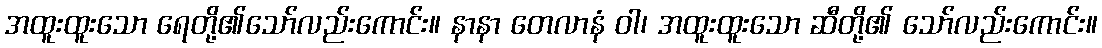
အထူးထူးသော ရေတို့၏သော်လည်းကောင်း။ နာနာ တေလာနံ ဝါ၊ အထူးထူးသော ဆီတို့၏ သော်လည်းကောင်း။